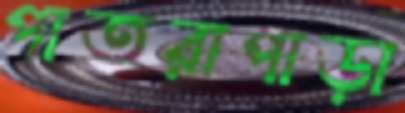
পাতরাপাড়া